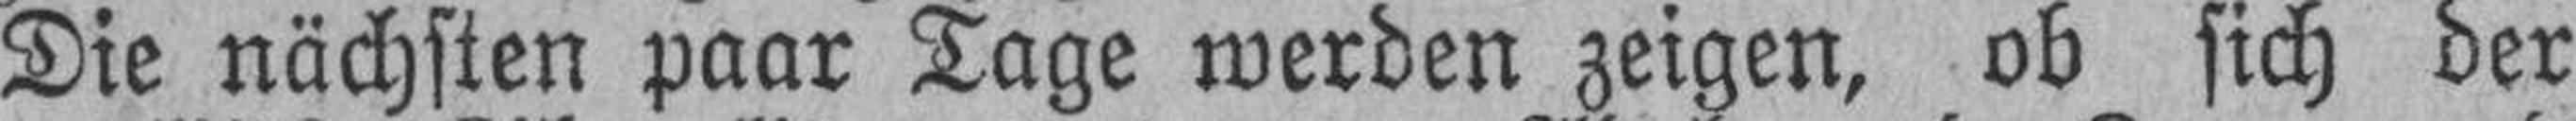
Die nächsten paar Tage werden zeigen, ob sich der